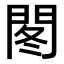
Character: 𫔠